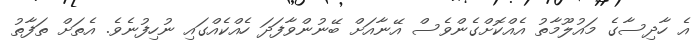
އެ ހާދިސާގެ މައުލޫމާތު އެއްކޮށްގެންވެސް އޭނާއަށް ބޭނުންވާފަދަ ހެއްކެއްގައި ނުހިފުނެވެ. އެތަށް ތަފާތު